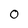
Character: 0